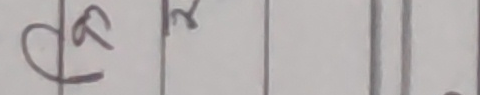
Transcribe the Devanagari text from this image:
दा र